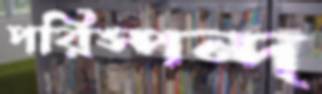
পরিস্পন্দ